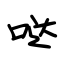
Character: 哒